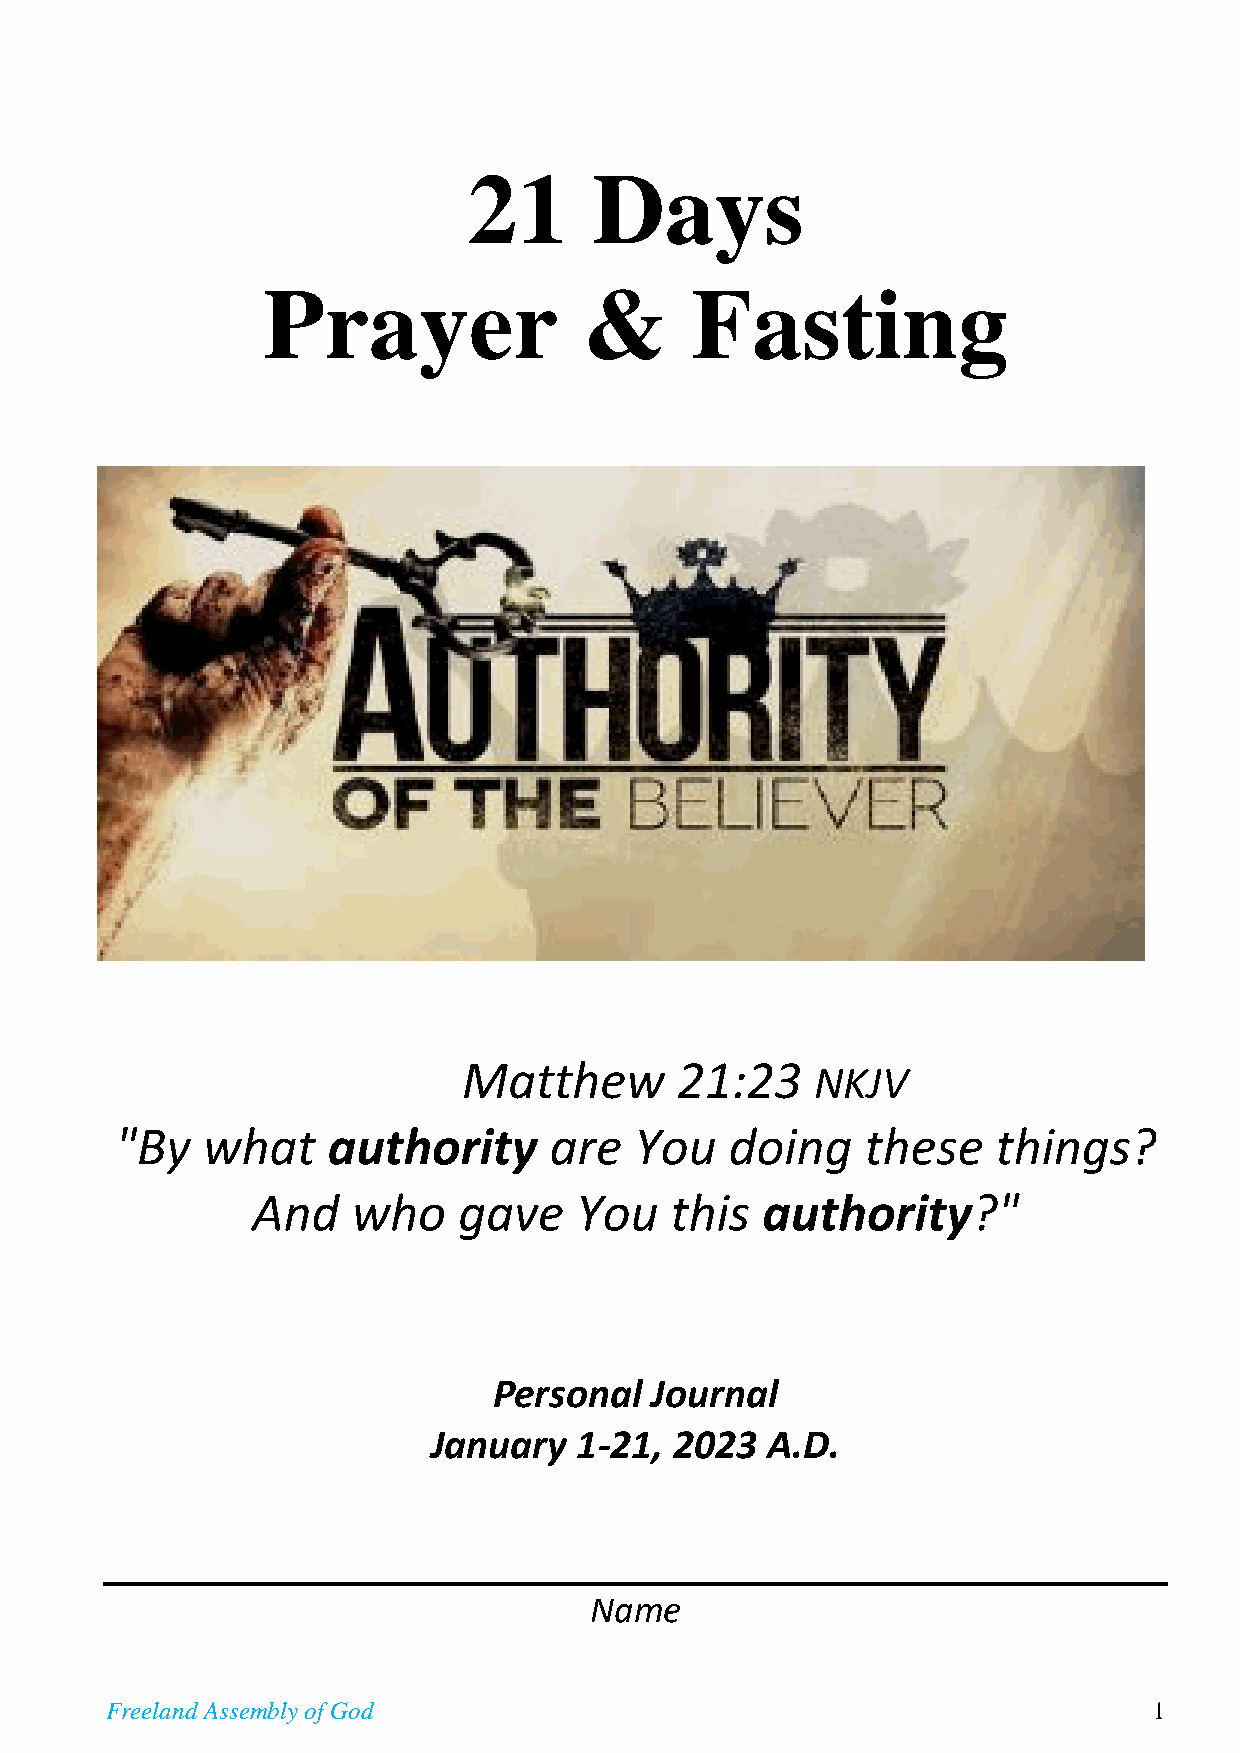
21      Days
 Prayer                &      Fasting
 Matthew       21:23
 NKJV
 "By  what     authority     are   You   doing    these    things?
 And   who    gave    You   this  authority?"
 Personal  Journal
 January  1-21,  2023  A.D.
 Name
 Freeland Assembly of God                                             1